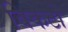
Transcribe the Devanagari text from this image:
विकटो